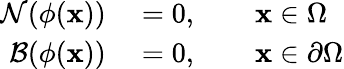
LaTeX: \begin{array}{rl}{\mathcal{N}(\phi(\mathbf{x}))}&{{}=0,\qquad\mathbf{x}\in\Omega}\\ {\mathcal{B}(\phi(\mathbf{x}))}&{{}=0,\qquad\mathbf{x}\in\partial\Omega}\end{array}